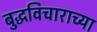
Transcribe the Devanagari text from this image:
बुद्धविचाराच्या